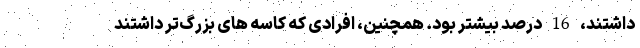
داشتند، 16 درصد بیشتر بود. همچنین، افرادی که کاسه های بزرگ‌تر داشتند